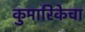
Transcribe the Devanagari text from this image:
कुमारिकेचा